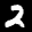
Label: 2